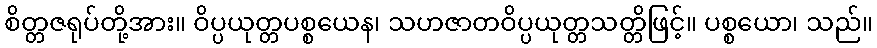
စိတ္တဇရုပ်တို့အား။ ဝိပ္ပယုတ္တပစ္စယေန၊ သဟဇာတဝိပ္ပယုတ္တသတ္တိဖြင့်။ ပစ္စယော၊ သည်။